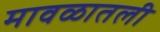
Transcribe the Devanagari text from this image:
मावळातली